Lunatic asylums Punjab 1868-1880 - 1868-1880
Year: 1868
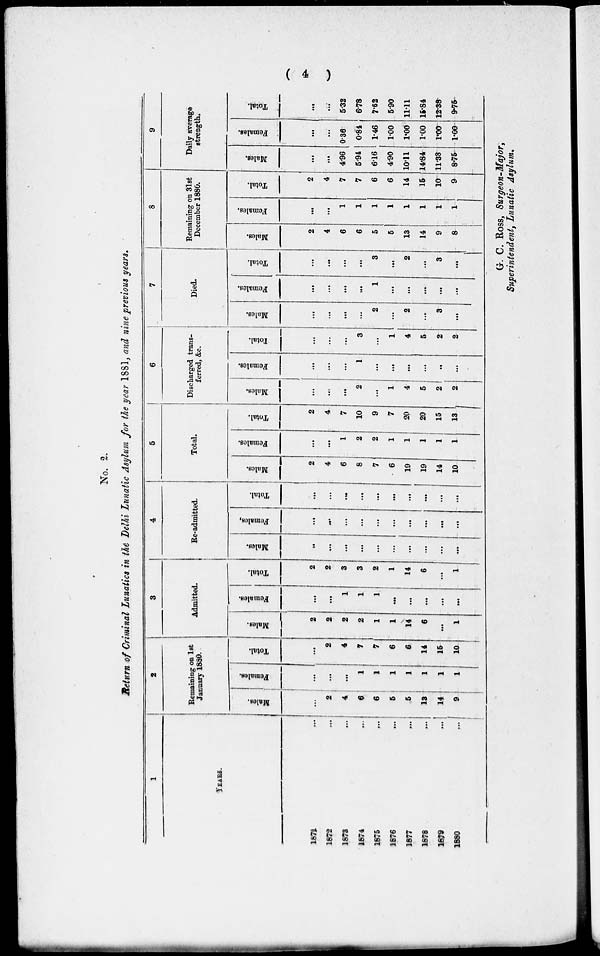
( 4 )
No. 2.
Return of Criminal Lunatics in the Delhi Lunatic Asylum for the year 1881, and nine previous years.
1
YEARS.
1871
...
1872
...
1873 ...
1874 ...
1875 ...
1876 ...
1877
...
1878
...
1879
...
1880
...
2
Remaining on 1st
January 1880.
Males.
...
2
4
6
6
5
5
13
14
9
Females.
...
...
...
1
1
1
1
1
1
1
Total.
...
2
4
7
7
6
6
14
15
10
3
Admitted.
Males.
2
2
2
2
1
1
14
6
...
1
Females.
...
...
1
1
1
...
...
...
...
...
Total.
2
2
3
3
2
1
14
6
...
1
4
Re-admitted.
Males.
...
...
...
...
...
...
...
...
...
...
Females.
...
...
...
...
...
...
...
...
...
...
Total.
...
...
...
...
...
...
...
...
...
...
5
Total.
Males.
2
4
6
8
7
6
19
19
14
10
Females.
...
...
1
2
2
1
1
1
1
1
Total.
2
4
7
10
9
7
20
20
15
13
6
Discharged trans-
ferred, &c.
Males.
...
...
...
2
...
1
4
5
2
2
Females.
...
...
...
1
...
...
...
...
..
...
Total.
...
...
...
3
...
1
4
5
2
2
7
Died.
Males.
...
...
...
...
2
...
2
...
3
...
Females.
...
...
...
...
1
...
...
...
...
...
Total.
...
...
...
...
3
...
2
...
3
...
8
Remaining on 31st
December 1880.
Males.
2
4
6
6
5
5
13
14
9
8
Females.
...
...
1
1
1
1
1
1
1
1
Total.
2
4
7
7
6
6
14
15
10
9
9
Daily average
strength.
Males.
...
...
4.96
5.94
6.16
4.90
10.11
14.84
11.38
8.75
Females.
...
...
0.36
0.84
1.46
1.00
1.00
1.00
1.00
1.00
Total.
...
...
5.32
6.78
7.62
5.90
11.11
15.84
12.38
9.75
G. C. Ross, Surgeon-Major,
Superintendent, Lunatic Asylum.